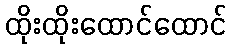
ထိုးထိုးထောင်ထောင်